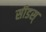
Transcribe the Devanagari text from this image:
सीडस्